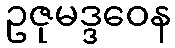
ဥဇုမဒ္ဒဝေန